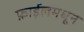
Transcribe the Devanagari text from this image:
फ़ाईलमधून